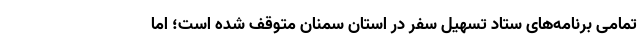
تمامی برنامه‌های ستاد تسهیل سفر در استان سمنان متوقف شده است؛ اما